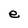
Character: e